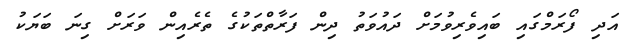
އަދި ފޯރަމްގައި ބައިވެރިވުމަށް ދައުވަތު ދިން ފަރާތްތަކުގެ ތެރެއިން ވަރަށް ގިނަ ބަޔަކު